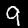
Label: 9